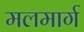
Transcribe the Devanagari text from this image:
मलमार्ग